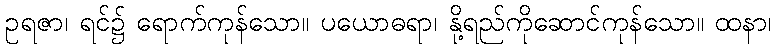
ဥရဇာ၊ ရင်၌ ရောက်ကုန်သော။ ပယောဓရာ၊ နို့ရည်ကိုဆောင်ကုန်သော။ ထနာ၊